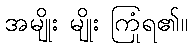
အမျိုး မျိုး ကြုံရ၏။